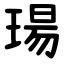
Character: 瑒